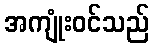
အကျုံးဝင်သည်